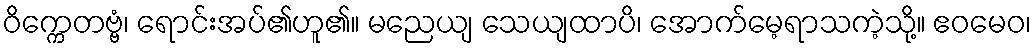
ဝိက္ကေတဗ္ဗံ၊ ရောင်းအပ်၏ဟူ၏။ မညေယျ သေယျထာပိ၊ အောက်မေ့ရာသကဲ့သို့။ ဧဝမေဝ၊